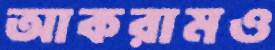
আকরামও